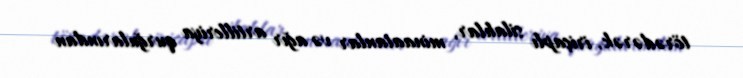
törədərək, iriçaplı silahlar, minaatanlar və ağır artilleriya qurğularından